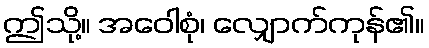
ဤသို့။ အဝေါစုံ၊ လျှောက်ကုန်၏။